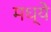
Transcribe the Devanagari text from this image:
मध्येे